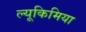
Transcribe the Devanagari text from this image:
ल्यूकिमिया